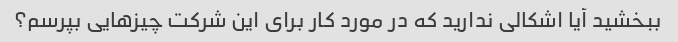
ببخشید آیا اشکالی ندارید که در مورد کار برای این شرکت چیزهایی بپرسم؟